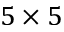
5 \times 5